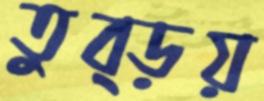
তুব্‌ড়য়